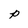
Character: p